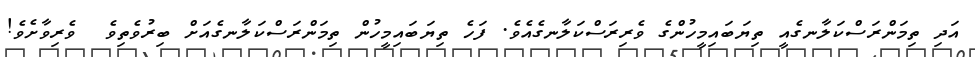
އަދި ތިމަންރަސްކަލާނގެއީ ތިޔަބައިމީހުންގެ ވެރިރަސްކަލާނގެއެވެ. ފަހެ ތިޔަބައިމީހުން ތިމަންރަސްކަލާނގެއަށް ބިރުވެތިވެ  ވެރިވާށެވެ!